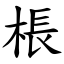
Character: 棖